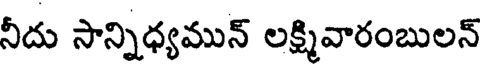
నీదు సాన్నిధ్యమున్ లక్ష్మివారంబులన్